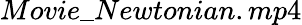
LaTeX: Movie\_ Newtonian.mp4